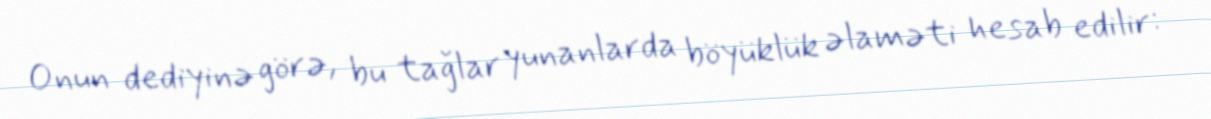
Onun dediyinə görə, bu tağlar yunanlarda böyüklük əlaməti hesab edilir: